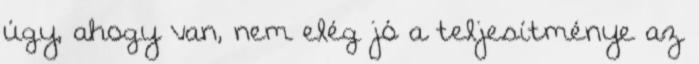
úgy, ahogy van, nem elég jó a teljesítménye az